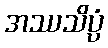
အဿသိပ္ပံ